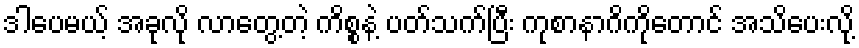
ဒါပေမယ့် အခုလို လာတွေ့တဲ့ ကိစ္စနဲ့ ပတ်သက်ပြီး ကုစာနာဂိကိုတောင် အသိပေးလို့